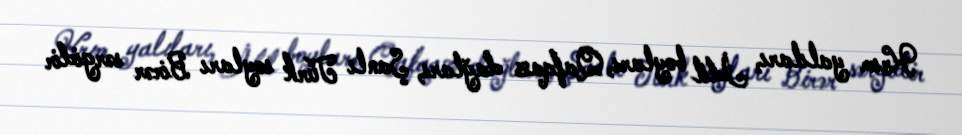
Krım yalıları, İdil boyları, Qafqaz dağları, Şanlı Türk soyları Birər sərgidir